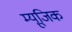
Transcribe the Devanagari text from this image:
म्यूजि़क